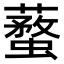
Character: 𧒚